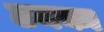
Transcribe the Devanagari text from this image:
ठनका